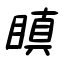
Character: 瞋